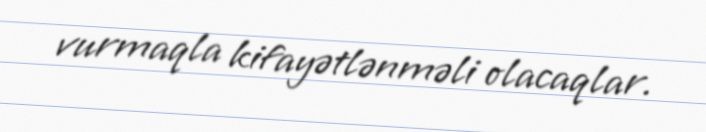
vurmaqla kifayətlənməli olacaqlar.